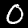
Label: 0